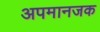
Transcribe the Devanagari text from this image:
अपमानजक